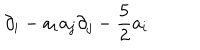
\partial _ { i } - a _ { i } a _ { j } \partial _ { j } - { \frac { 5 } { 2 } } a _ { i }